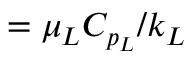
= \mu _ { L } C _ { p _ { L } } / k _ { L }